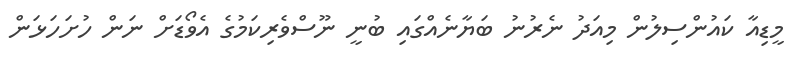
މީޑިއާ ކައުންސިލުން މިއަދު ނެރުނު ބަޔާނެއްގައި ބުނީ ނޫސްވެރިކަމުގެ އެވޯޑަށް ނަން ހުށަހަޅަން